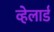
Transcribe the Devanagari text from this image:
व्हेलार्ड